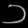
Digit: ၁